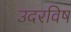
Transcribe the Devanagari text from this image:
उदरविष